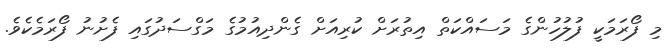
މި ފޯރަމަކީ ފުލުހުންގެ މަސައްކަތް އިތުރަށް ކުރިއަށް ގެންދިއުމުގެ މަގްސަދުގައި ފެށުނު ފޯރަމެކެވެ.